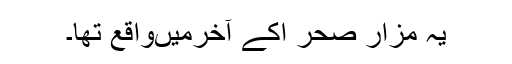
یہ مزار صحر اکے آخرمیںواقع تھا۔